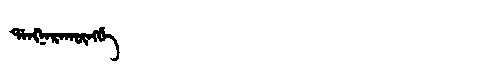
Manchu: ᡩᠠᠩᠨᠠᡵᠠᡴᡡᠩᡤᡝ
Romanization: DANGNARAKŪNGGE